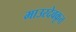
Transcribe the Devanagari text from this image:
माउरदेवकृत